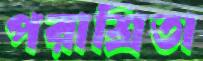
পরাশ্রিতা